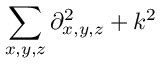
\sum _ { x , y , z } \partial _ { x , y , z } ^ { 2 } + k ^ { 2 }